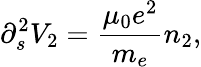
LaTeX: \partial_{s}^{2}V_{2}={\frac{\mu_{0}e^{2}}{m_{e}}}n_{2},